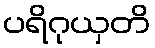
ပရိဂုယှတိ